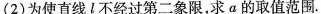
(2)为使直线l不经过第二象限，求α的取值范围.